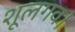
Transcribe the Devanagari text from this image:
शूलगव।